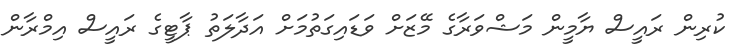
ކުރިން ރައީސް ޔާމީން މަޝްވަރާގެ މޭޒަށް ވަޑައިގަތުމަށް އަދާލަތު ޕާޓީގެ ރައީސް އިމްރާން